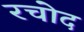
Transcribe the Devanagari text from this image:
रचोद